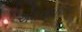
એલઆઇએનઇ